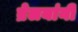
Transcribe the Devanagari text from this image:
ब्रेलयांनी